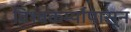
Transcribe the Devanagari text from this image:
विश्वकर्म्यापासून